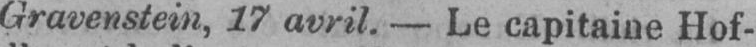
Gravenstein, 17 avril. - Le capitaine Hof-